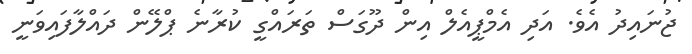
ޖުނައިދު އެވެ. އަދި އެމްޕީއެލް އިން ދޫގަސް ތަރައްގީ ކުރާނެ ޕްލޭން ދައްލާފައިވަނީ